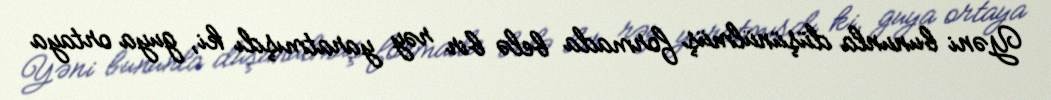
Yəni bununla düşünülmüş formada belə bir rəy yaratmışdı ki, guya ortaya